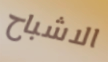
الاشباح